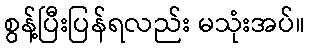
စွန့်ပြီးပြန်ရလည်း မသုံးအပ်။